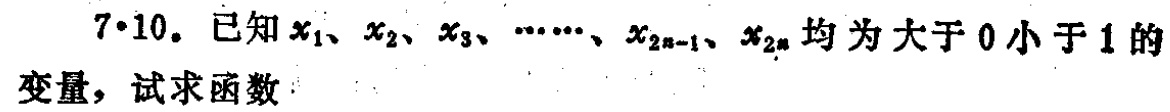
$7\cdot10.$ 已知$x_1、x_2、x_3、\cdots\cdots、x_{2n - 1}、x_{2n}$均为大于$0$小于$1$的变量，试求函数